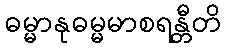
ဓမ္မာနုဓမ္မမာစရန္တီတိ